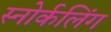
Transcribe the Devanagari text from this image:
स्‍नोर्कलिंग